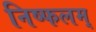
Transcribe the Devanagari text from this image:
निष्फलम्